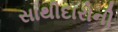
સાથીદારોની